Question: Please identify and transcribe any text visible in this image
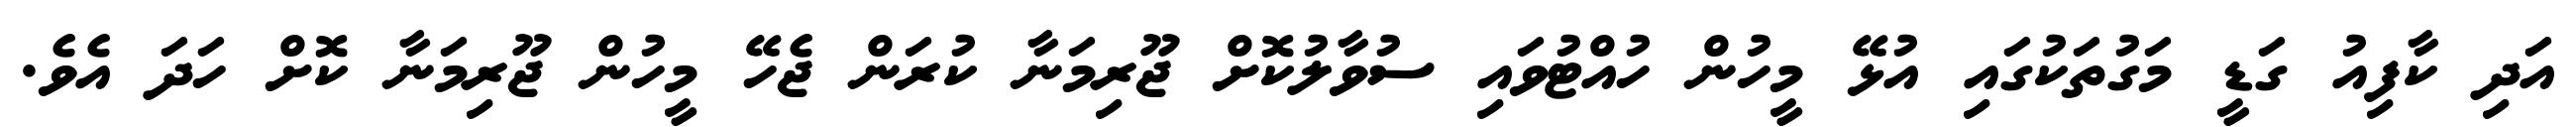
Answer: އަދި ކާފިއު ގަޑީ މަގުތަކުގައި އުޅޭ މީހުން ހުއްޓުވައި ސުވާލުކޮށް ޖޫރިމަނާ ކުރަން ޖެހޭ މީހުން ޖޫރިމަނާ ކޮށް ހަދަ އެވެ.